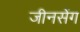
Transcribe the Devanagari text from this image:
जीनसेंग